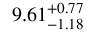
9 . 6 1 _ { - 1 . 1 8 } ^ { + 0 . 7 7 }